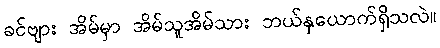
ခင်ဗျား အိမ်မှာ အိမ်သူအိမ်သား ဘယ်နှယောက်ရှိသလဲ။